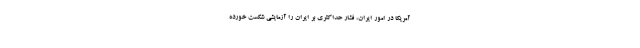
آمریکا در امور ایران، فشار حداکثری بر ایران را آزمایشی شکست خورده